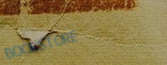
BOOKSTORE